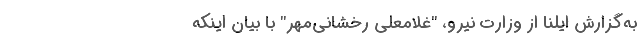
به‌گزارش ایلنا از وزارت نیرو، "غلامعلی رخشانی‌مهر" با بیان اینکه